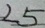
2 5